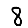
Digit: 8